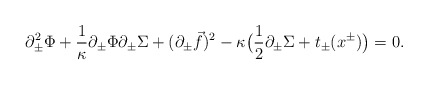
\begin{align*}\partial_\pm^2 \Phi + {1 \over \kappa} \partial_\pm \Phi \partial_\pm \Sigma + (\partial_\pm {\vec f})^2 - \kappa \big({1 \over 2} \partial_\pm \Sigma + t_\pm (x^\pm) \big)= 0.\end{align*}